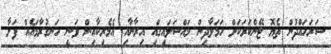
ސަރަހައްދުން ތެޔޮ ޓޭންކަރަކަށް ހަމަލާދިން މައްސަލައިގައި އިރާނާއި އެމެރިކާއިން ވަނީ ހަނގުރާމައެއް ފަށާ